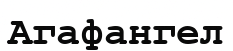
Агафангел